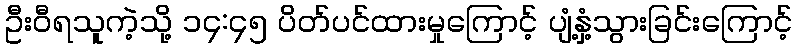
ဦးဝီရသူကဲ့သို့ ၁၄:၄၅ ပိတ်ပင်ထားမှုကြောင့် ပျံ့နှံ့သွားခြင်းကြောင့်